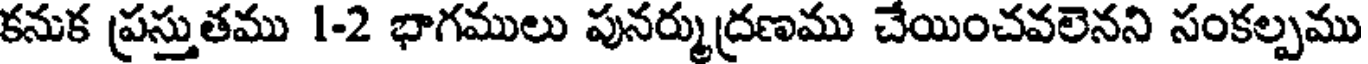
కనుక ప్రస్తుతము 1-2 భాగములు పునర్ముద్రణము చేయించవలెనని సంకల్పము